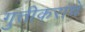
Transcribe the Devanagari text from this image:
गुत्तीकरांचे